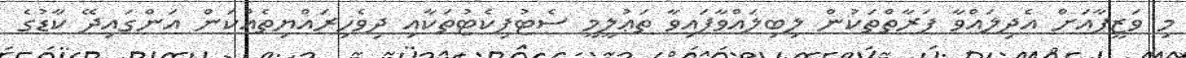
މި ވަޒީފާއަށް އެދިލައްވާ ފަރާތްތަކުން ލިބިލައްވާފައިވާ ތަޢުލީމީ ސެޓުފިކެޓުތަކާއި ދިވެހިރައްޔިތެއްކަން އަންގައިދޭ ކާޑުގެ